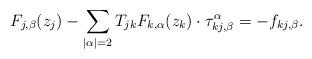
LaTeX: \begin{align*}F_{j, \beta}(z_j)-\sum_{|\alpha|=2}T_{jk}F_{k, \alpha}(z_k)\cdot\tau_{kj, \beta}^\alpha=-f_{kj, \beta}. \end{align*}